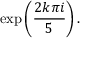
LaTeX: \exp \left( { \frac { 2 k \pi i } { 5 } } \right) .